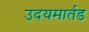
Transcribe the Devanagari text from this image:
उदयमार्तड